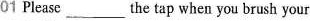
01 Please___the tap when you brush your